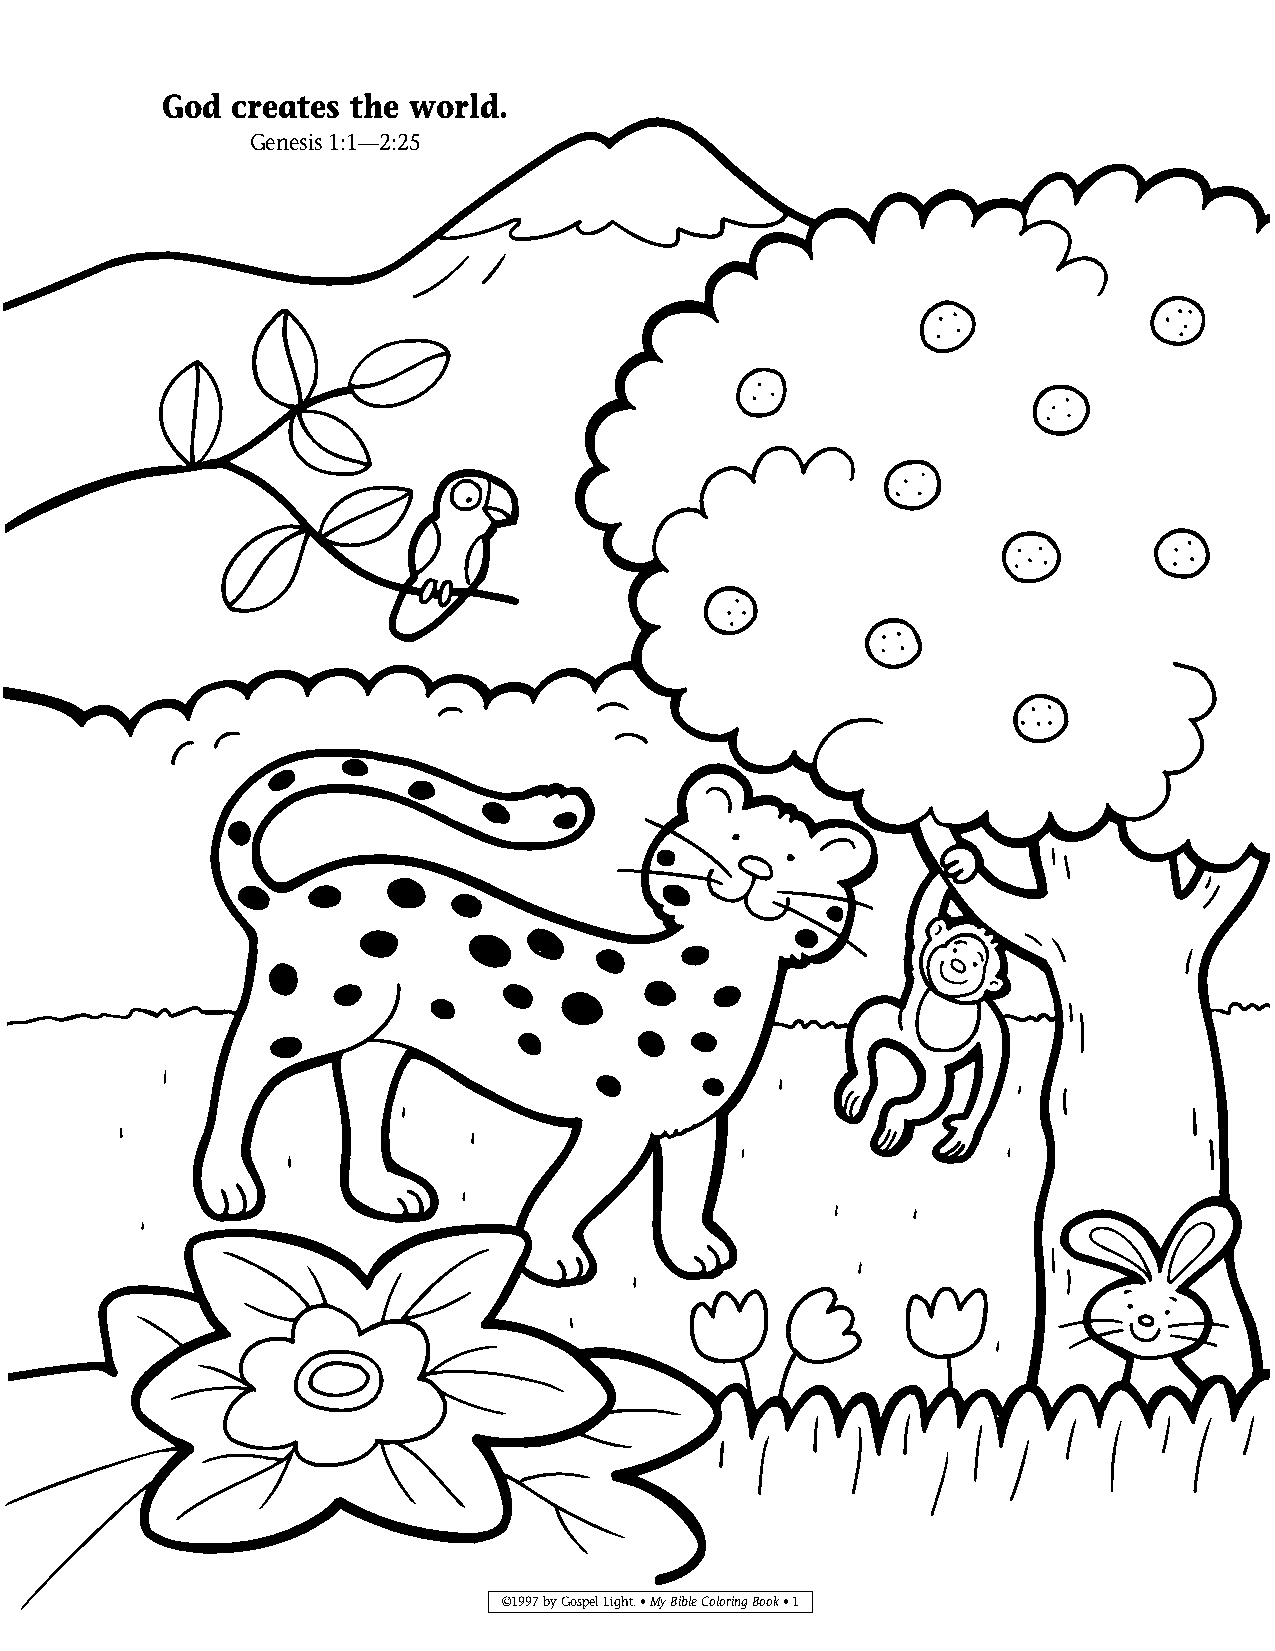
My Bible Color 1-14-1_My Bible Color 1-14-1 1/29/14 4:25 PM Page 1
 God creates the world.
 Genesis 1:1—2:25
 ©1997 by Gospel Light. • My Bible Coloring Book• 1